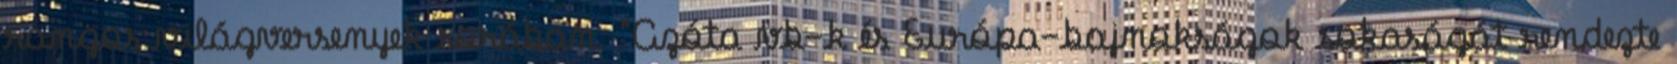
rangos világversenyek sorában. "Azóta vb-k és Európa-bajnokságok sokaságát rendezte